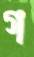
গ